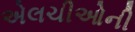
એલચીઓની